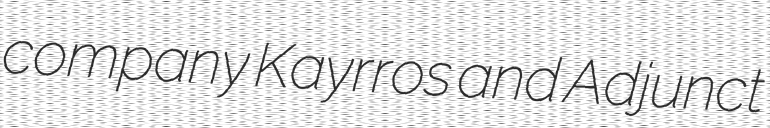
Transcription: company Kayrros and Adjunct